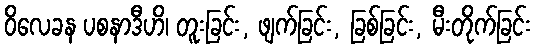
ဝိလေခန ပစနာဒီဟိ၊ တူးခြင်း, ဖျက်ခြင်း, ခြစ်ခြင်း, မီးတိုက်ခြင်း